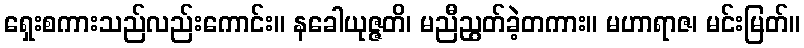
ရှေးစကားသည်လည်းကောင်း။ နခေါယုဇ္ဇတိ၊ မညီညွတ်ခဲ့တကား။ မဟာရာဇ၊ မင်းမြတ်။